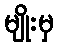
မျိုးမှ